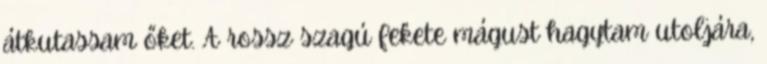
átkutassam őket. A rossz szagú fekete mágust hagytam utoljára,